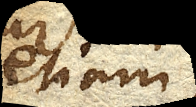
etiam